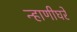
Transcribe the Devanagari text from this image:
न्हाणीघरे